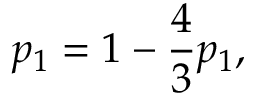
p _ { 1 } = 1 - \frac { 4 } { 3 } p _ { 1 } ,